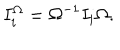
LaTeX: I _ { i } ^ { \Omega } = \Omega ^ { - 1 } I _ { i } \Omega .